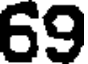
69